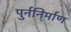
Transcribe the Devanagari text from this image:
पुर्ननि्र्माण